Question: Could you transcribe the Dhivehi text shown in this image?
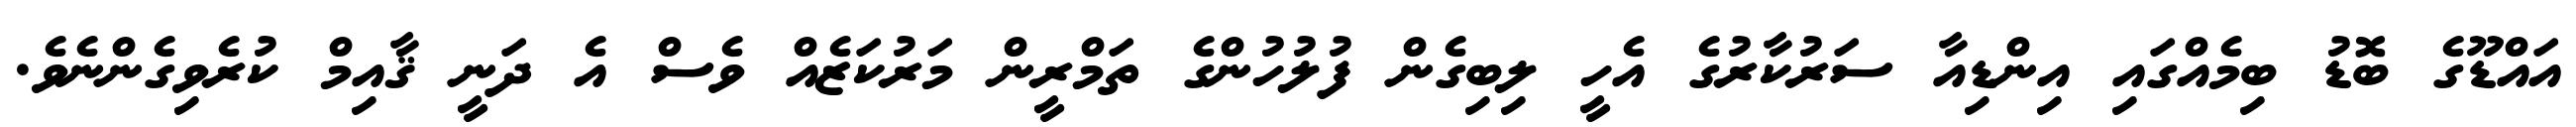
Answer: އައްޑޫގެ ބޮޑު ބިމެއްގައި އިންޑިއާ ސަރުކާރުގެ އެހީ ލިބިގެން ފުލުހުންގެ ތަމްރީން މަރުކަޒެއް ވެސް އެ ދަނީ ޤާއިމް ކުރެވިގެންނެވެ.